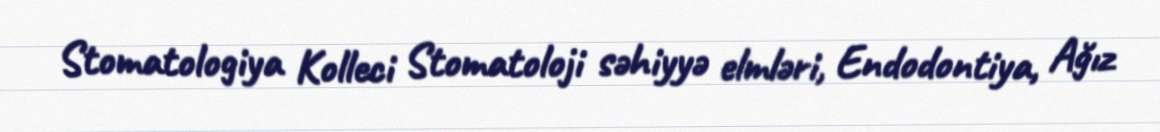
Stomatologiya Kolleci Stomatoloji səhiyyə elmləri, Endodontiya, Ağız